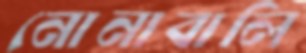
নোনাবালি